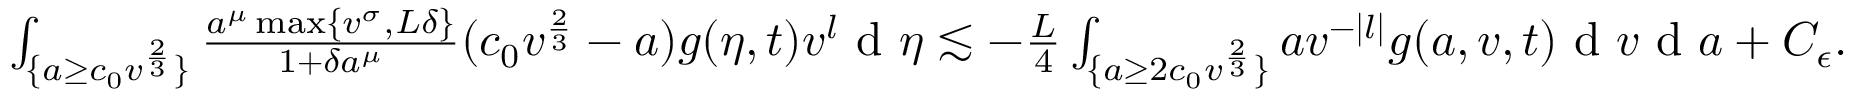
\begin{array} { r } { \int _ { \{ a \geq c _ { 0 } v ^ { \frac { 2 } { 3 } } \} } \frac { a ^ { \mu } \operatorname* { m a x } \{ v ^ { \sigma } , L \delta \} } { 1 + \delta a ^ { \mu } } ( c _ { 0 } v ^ { \frac { 2 } { 3 } } - a ) g ( \eta , t ) v ^ { l } \textup { d } \eta \lesssim - \frac { L } { 4 } \int _ { \{ a \geq 2 c _ { 0 } v ^ { \frac { 2 } { 3 } } \} } a v ^ { - | l | } g ( a , v , t ) \textup { d } v \textup { d } a + C _ { \epsilon } . } \end{array}